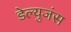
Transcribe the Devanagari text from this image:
डेल्युजंस